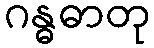
ဂန္ဓဓာတု